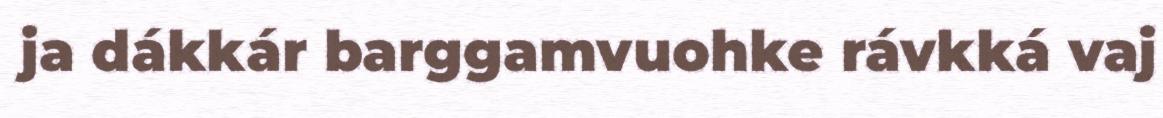
ja dákkár barggamvuohke rávkká vaj